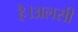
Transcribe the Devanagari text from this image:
है।अलसी